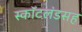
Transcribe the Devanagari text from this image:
स्कॉटलंडसह